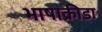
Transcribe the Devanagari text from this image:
भाषाक्रीडा